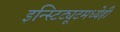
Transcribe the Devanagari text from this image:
इन्स्टिट्यूटमध्येही